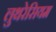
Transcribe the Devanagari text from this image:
लुथरेसियम